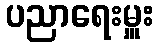
ပညာရေးမှူး